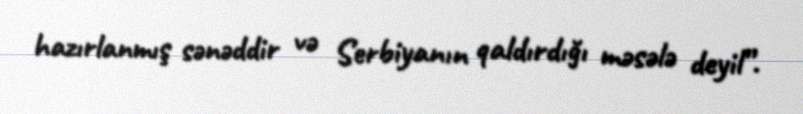
hazırlanmış sənəddir və Serbiyanın qaldırdığı məsələ deyil”.